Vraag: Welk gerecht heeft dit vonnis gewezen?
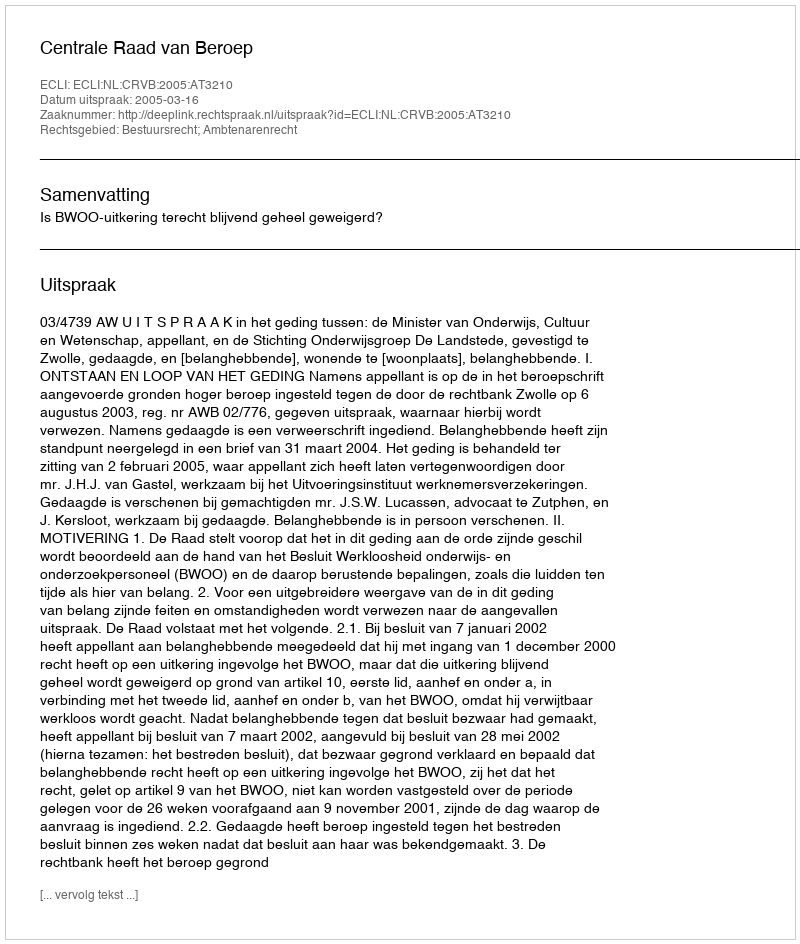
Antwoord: Centrale Raad van Beroep